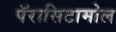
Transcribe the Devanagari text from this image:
पॅरासिटामोल